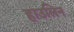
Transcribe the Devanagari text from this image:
हाउलिन